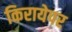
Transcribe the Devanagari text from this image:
किरायेपर